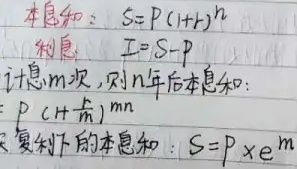
本息和：\(S=P(1+r)^n\)
利息：\(I=S-P\)
计息\(m\)次，则\(n\)年后本息和：\(P(1+\frac{r}{m})^{mn}\)
连续复利下的本息和：\(S=P\timese^{rn}\)